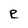
Character: e